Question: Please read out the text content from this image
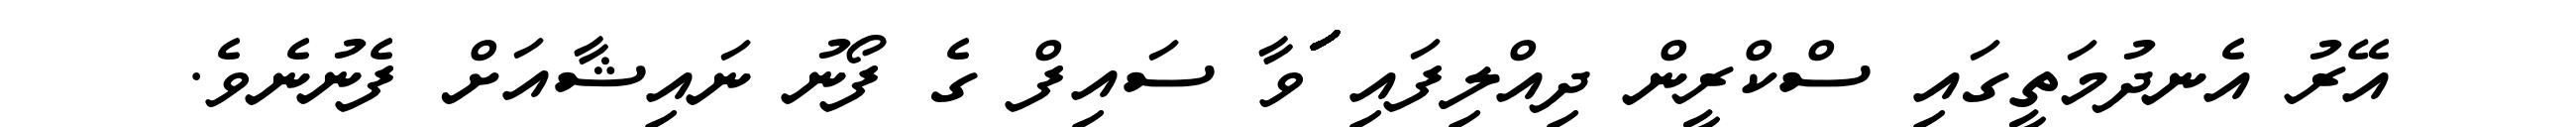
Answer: އޭރު އެނދުމަތީގައި ސްކްރީން ދިއްލިފައި ަަަަަަަަަަަަަަަަަަަަަަަަަަަަަަަަަަަަަަަަަަަަަަަަަަަަަަަަވާ ސައިފް ގެ ފޯނު ނައިޝާއަށް ފެނުނެވެ.